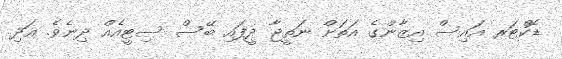
ޑޮކްޓަރ އައިސް އިޒާންގެ އަތަށް ނަތީޖާ ދީފައި ބޭސް ސިޓީއެއް ދިނެވެ. އަދި